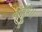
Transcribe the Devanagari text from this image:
चांबुधे।।